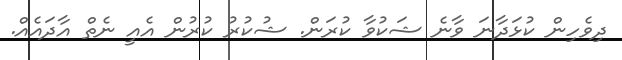
ދިވެހިން ކުޅަދާނަ ވާނެ ޝަކުވާ ކުރަން. ޝުކުރު ކުރުން އެއީ ނެތް އާދައެއް.